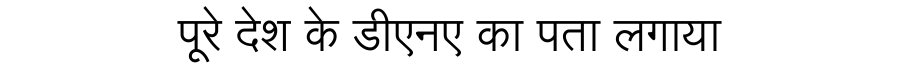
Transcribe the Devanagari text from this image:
पूरे देश के डीएनए का पता लगाया